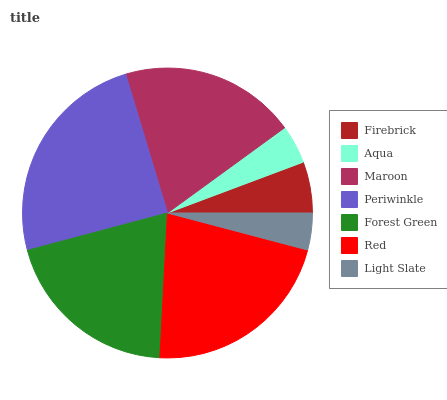
| Firebrick | Aqua | Maroon | Periwinkle | Forest Green | Red | Light Slate |
 | --- | --- | --- | --- | --- | --- | --- |
 | 5.7% | 4.32% | 19.6% | 24.5% | 20.1% | 21.7% | 4.11% |